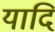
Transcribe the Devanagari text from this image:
यादि